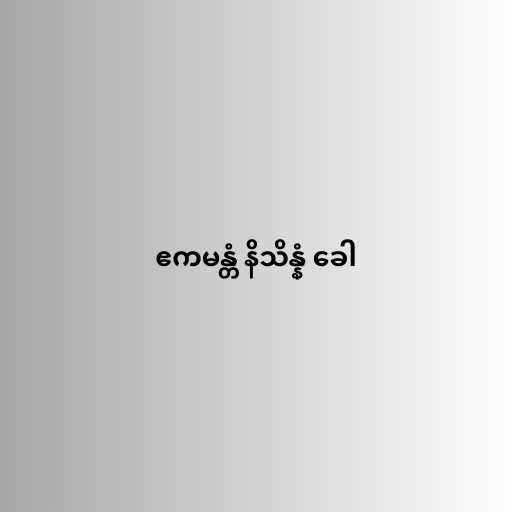
ဧကမန္တံ နိသိန္နံ ခေါ